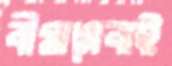
বীমাসেবাই